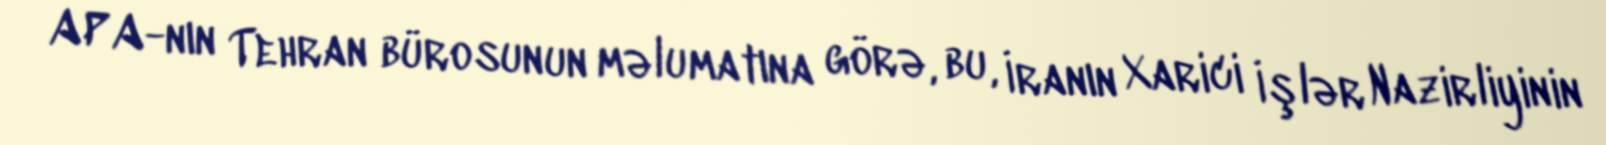
APA-nın Tehran bürosunun məlumatına görə, bu, İranın Xarici İşlər Nazirliyinin